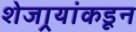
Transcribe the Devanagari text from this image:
शेजार्‍यांकडून